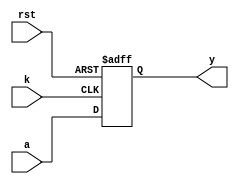
module clb_hi(
	input a,
	input k,
	input rst,
	output y
);

	wire f;
	reg q;
	
	assign f = a;
	
	always @(posedge k, negedge rst) begin
		if (rst == 1'b0) begin
			q <= 1'b0;
		end else begin
			q <= f;
		end
	end
	
	assign y = q;
	
endmodule